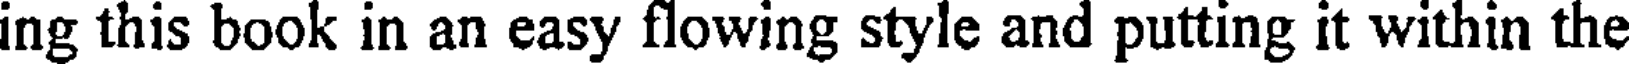
ing this book in an easy flowing style and putting it within the